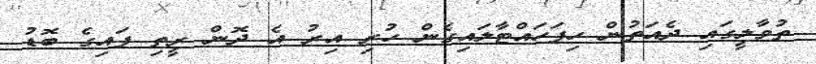
ތުވާލީގައި ދެއަތުން ހިފަހައްޓާލައިގެން ހުރި އިރު އެ ދޮން ރީތި ފައިގެ ބޮޑު